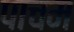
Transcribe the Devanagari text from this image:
पाचम